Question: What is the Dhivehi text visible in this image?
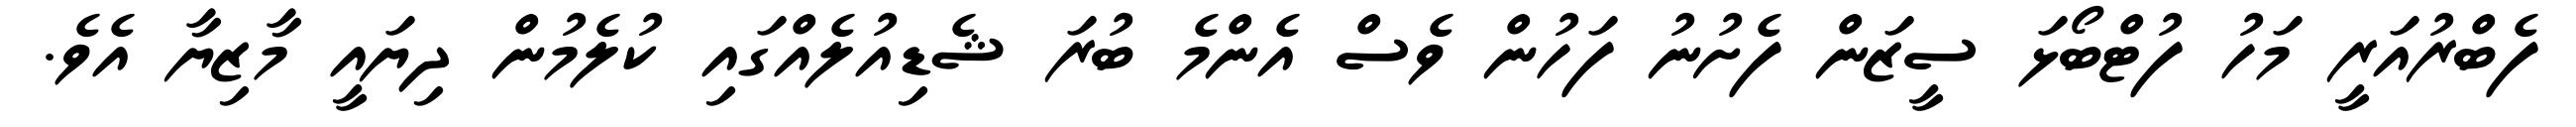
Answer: ފެބްރުއަރީ މަހު ފުޓްބޯޅަ ސީޒަން ފެށުނު ފަހުން ވެސް އެންމެ ބުރަ ޝެޑިއުލެއްގައި ކުލެމުން ދިޔައީ މާޒިޔާ އެވެ.